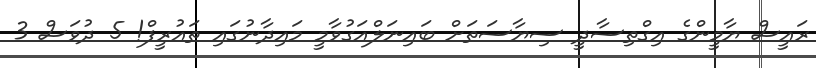
ރައީސް ޔާމީންގެ އިގްތިސާދީ ސިޔާސަތަށް ބައިނަލްއަގުވާމީ މައިދާނުގައި ތައުރީފް! 5 ދުވަސް 3